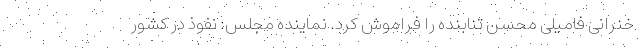
خنرانی فامیلی محسن تنابنده را فراموش کرد. نماینده مجلس: نفوذ در کشور